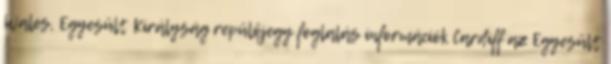
Wales, Egyesült Királyság repülőjegy foglalás információk Cardiff az Egyesült